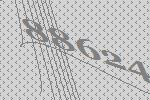
88624